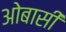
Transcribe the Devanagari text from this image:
ओबासी